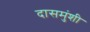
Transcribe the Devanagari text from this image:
दासमुंशी